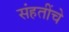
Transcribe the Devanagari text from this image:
संहतींचे